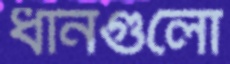
ধানগুলো